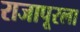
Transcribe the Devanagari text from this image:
राजापूरला